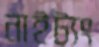
নাইট্যং